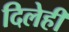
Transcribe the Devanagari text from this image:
दिलेही